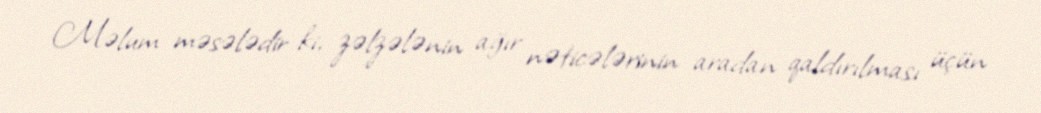
Məlum məsələdir ki, zəlzələnin ağır nəticələrinin aradan qaldırılması üçün